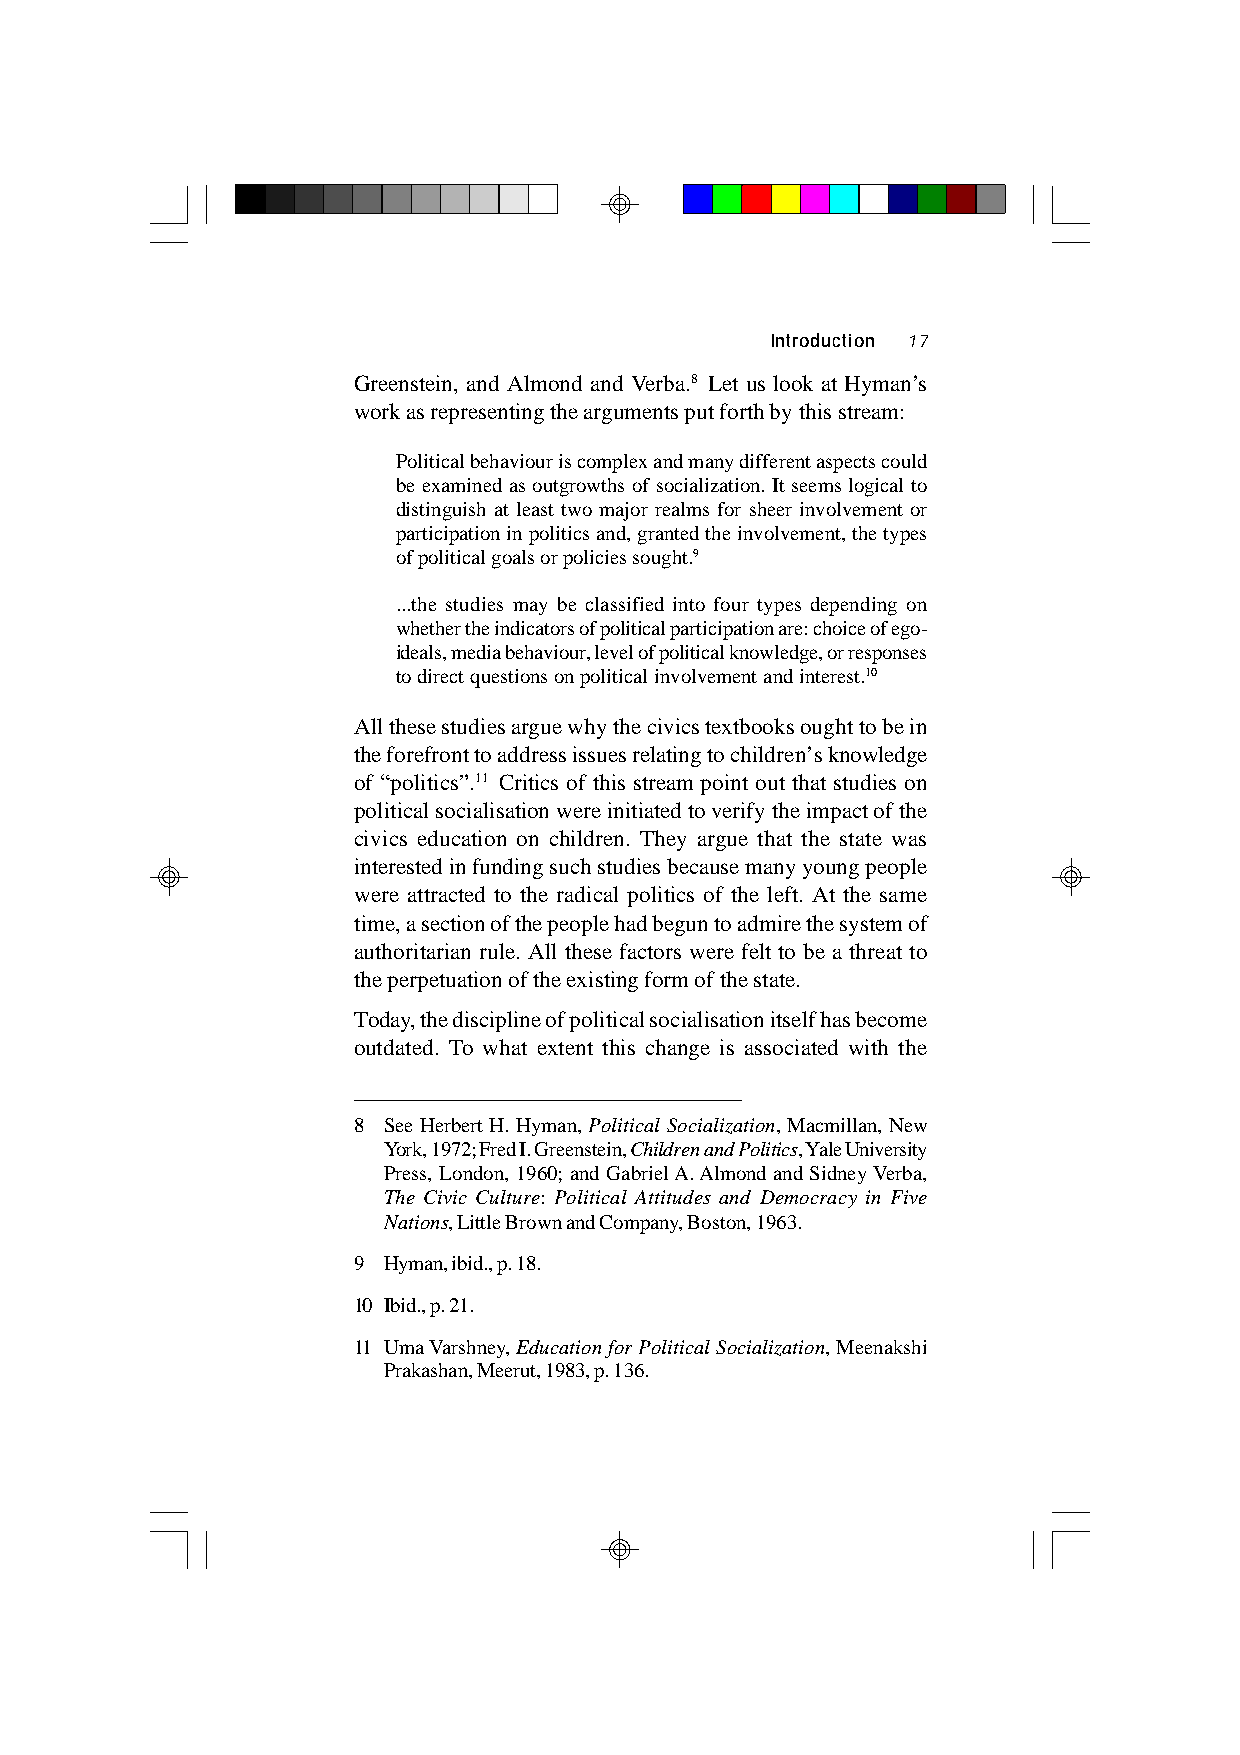
Introduction 17
 Greenstein, and Almond and Verba.8 Let us look at Hyman’s
 work as representing the arguments put forth by this stream:
 Political behaviour is complex and many different aspects could
 be examined as outgrowths of socialization. It seems logical to
 distinguish at least two major realms for sheer involvement or
 participation in politics and, granted the involvement, the types
 of political goals or policies sought.9
 ...the studies may be classified into four types depending on
 whether the indicators of political participation are: choice of ego-
 ideals, media behaviour, level of political knowledge, or responses
 to direct questions on political involvement and interest.10
 All these studies argue why the civics textbooks ought to be in
 the forefront to address issues relating to children’s knowledge
 of “politics”.11 Critics of this stream point out that studies on
 political socialisation were initiated to verify the impact of the
 civics education on children. They argue that the state was
 interested in funding such studies because many young people
 were attracted to the radical politics of the left. At the same
 time, a section of the people had begun to admire the system of
 authoritarian rule. All these factors were felt to be a threat to
 the perpetuation of the existing form of the state.
 Today, the discipline of political socialisation itself has become
 outdated. To what extent this change is associated with the
 8 See Herbert H. Hyman, Political Socialization, Macmillan, New
 York, 1972; Fred I. Greenstein, Children and Politics, Yale University
 Press, London, 1960; and Gabriel A. Almond and Sidney Verba,
 The Civic Culture: Political Attitudes and Democracy in Five
 Nations, Little Brown and Company, Boston, 1963.
 9 Hyman, ibid., p. 18.
 10 Ibid., p. 21.
 11 Uma Varshney, Education for Political Socialization, Meenakshi
 Prakashan, Meerut, 1983, p. 136.